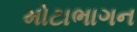
મોટાભાગન